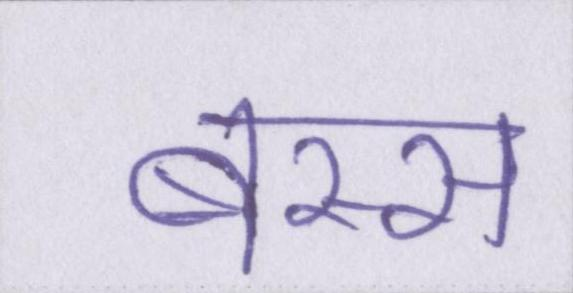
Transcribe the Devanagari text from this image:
बस्स